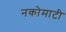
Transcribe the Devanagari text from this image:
नकोमाटी